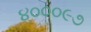
૪૦૦૦૯૭